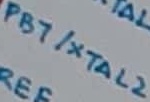
Text: PB7/XTAL2